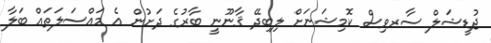
ޖުޑީޝަލް ސާރވިސް ކޮމިޝަނަށް ލިބިދޭ ޤާނޫނީ ބާރުގެ ދަށުން އެ މައްސަލަތައް ބަލާ